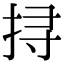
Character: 挦